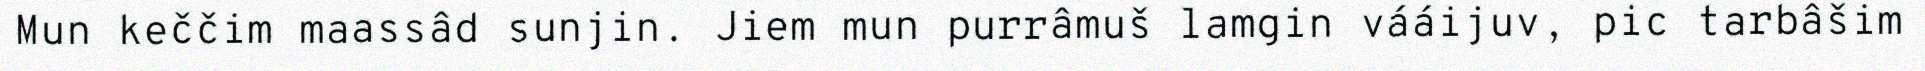
Mun keččim maassâd sunjin. Jiem mun purrâmuš lamgin vááijuv, pic tarbâšim